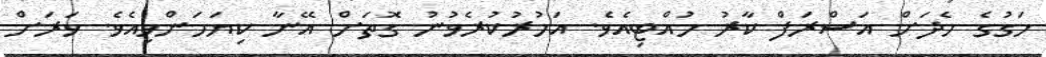
މަގުގެ މެދަށް އަސްރަފް ކާރު ހުއްޓިއެވެ. އަމުރުކުރެވުނު ގޮތަށް އޭނާ ކިޔަމަންވިއެވެ. ވަރަށް